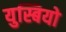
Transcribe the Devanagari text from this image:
युस्बियो